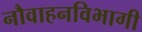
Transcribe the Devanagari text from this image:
नौवाहनविभागी